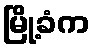
မြို့ခံက